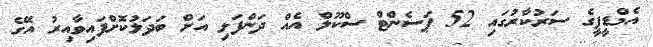
އެމްޑީޕީގެ ސަރުކާރުގައި 52 ޕަސެންޓް ސްކޫލް އެއް ދަންފަޅި އަށް ބަދަލުކޮށްފައިވާއިރު އޭގެ